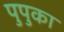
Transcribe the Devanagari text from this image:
पुपुका